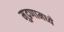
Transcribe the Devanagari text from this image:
मुद्रणामध्ये